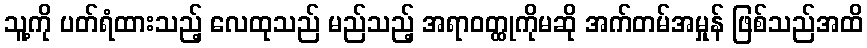
သူ့ကို ပတ်ရံထားသည့် လေထုသည် မည်သည့် အရာဝတ္ထုကိုမဆို အက်တမ်အမှုန် ဖြစ်သည်အထိ